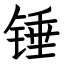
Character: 锤